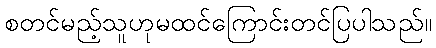
စတင်မည့်သူဟုမထင်ကြောင်းတင်ပြပါသည်။